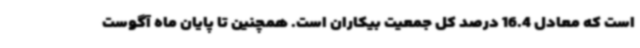
است که معادل 16.4 درصد کل جمعیت بیکاران است. همچنین تا پایان ماه آگوست